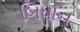
બિધાન